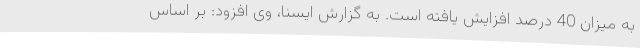
به میزان 40 درصد افزایش یافته است. به گزارش ایسنا، وی افزود: بر اساس